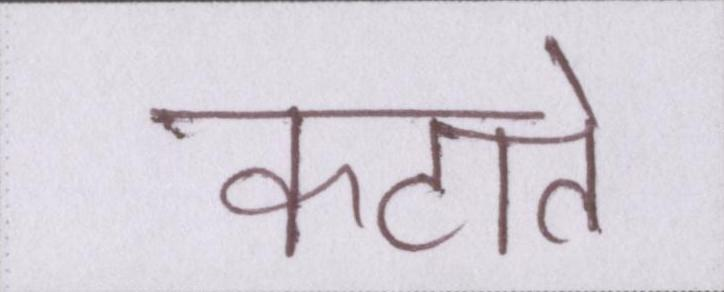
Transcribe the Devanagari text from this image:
कटाते